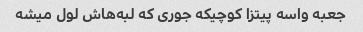
جعبه واسه پیتزا کوچیکه جوری که لبه‌هاش لول میشه